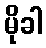
မိုခါ